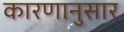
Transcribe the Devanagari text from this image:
कारणानुसार